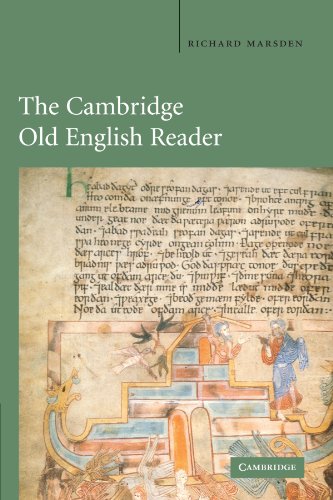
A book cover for The Cambridge Old English Reader; Richard Marsden; Literature & Fiction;